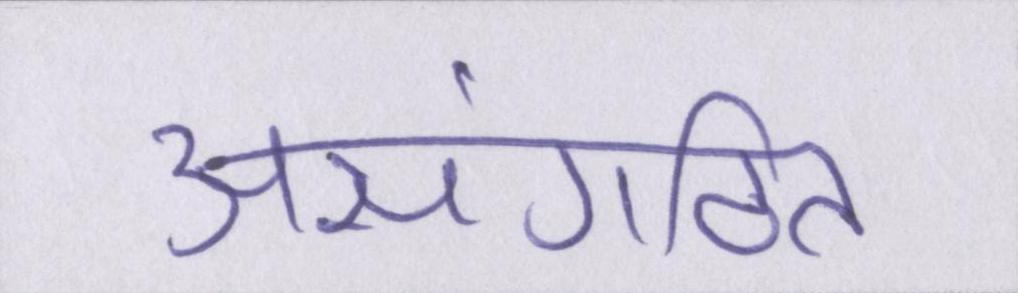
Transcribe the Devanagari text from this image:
असंगठित